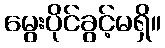
မွေးပိုင်ခွင့်မရှိ။